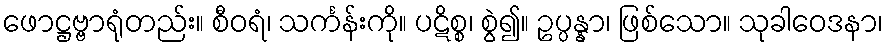
ဖောဋ္ဌဗ္ဗာရုံတည်း။ စီဝရံ၊ သင်္ကန်းကို။ ပဋိစ္စ၊ စွဲ၍။ ဥပ္ပန္နာ၊ ဖြစ်သော။ သုခါဝေဒနာ၊